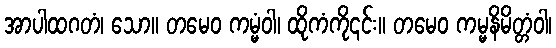
အာပါထဂတံ၊ သော။ တမေဝ ကမ္မံဝါ၊ ထိုကံကို၎င်း။ တမေဝ ကမ္မနိမိတ္တံဝါ၊